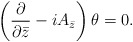
\begin{align*}\left(\frac{\partial}{\partial \bar{z}}-i A_{\bar{z}}\right) \theta=0.\end{align*}